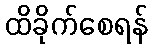
ထိခိုက်စေရန်